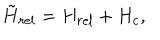
\tilde { H } _ { r e l } = H _ { r e l } + H _ { c } ,